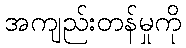
အကျည်းတန်မှုကို